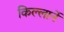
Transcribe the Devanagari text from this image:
किल्लार्ने